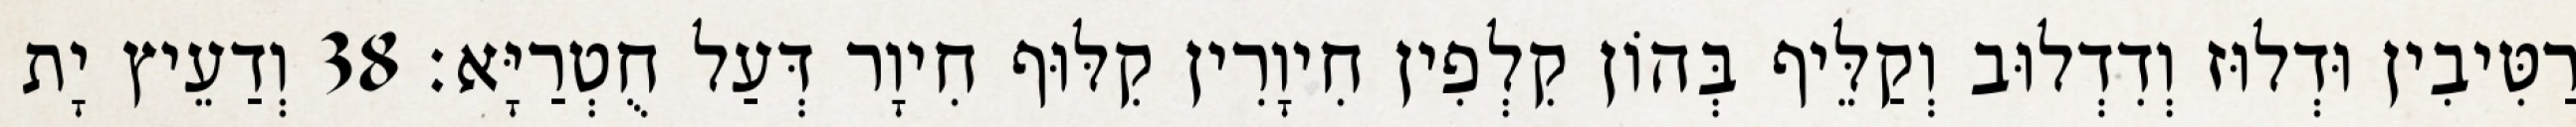
רַטִּיבִין וּדְלוּז וְדִדְלוּב וְקַלֵּיף בְּהוֹן קִלְפִין חִיוָרִין קִלּוּף חִיוָר דְּעַל חֻטְרַיָּא׃ 38 וְדַעֵיץ יָת